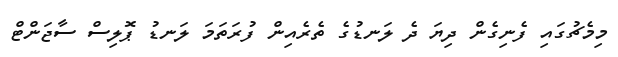
މިމެޗުގައި ފެނިގެން ދިޔަ ދެ ލަނޑުގެ ތެރެއިން ފުރަތަމަ ލަނޑު ޕޮލިސް ސާޖަންޓް